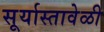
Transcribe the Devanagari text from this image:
सूर्यास्तावेळी